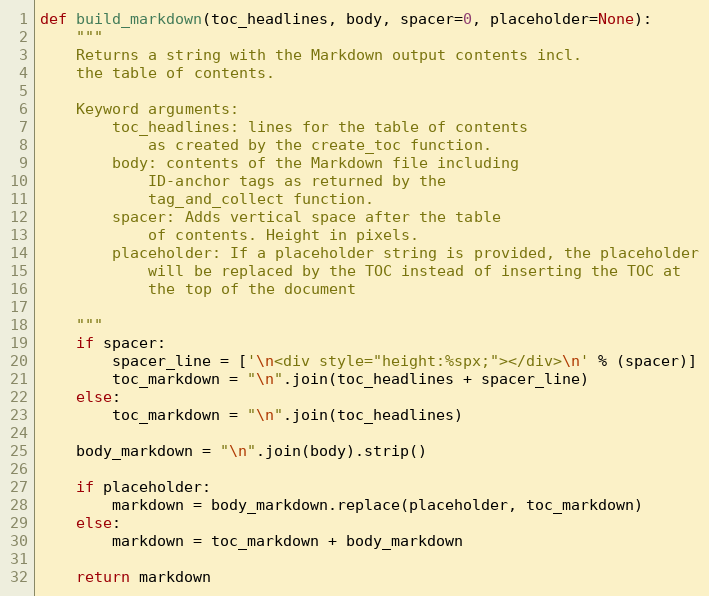
Language: Python
def build_markdown(toc_headlines, body, spacer=0, placeholder=None):
    """
    Returns a string with the Markdown output contents incl.
    the table of contents.

    Keyword arguments:
        toc_headlines: lines for the table of contents
            as created by the create_toc function.
        body: contents of the Markdown file including
            ID-anchor tags as returned by the
            tag_and_collect function.
        spacer: Adds vertical space after the table
            of contents. Height in pixels.
        placeholder: If a placeholder string is provided, the placeholder
            will be replaced by the TOC instead of inserting the TOC at
            the top of the document

    """
    if spacer:
        spacer_line = ['\n<div style="height:%spx;"></div>\n' % (spacer)]
        toc_markdown = "\n".join(toc_headlines + spacer_line)
    else:
        toc_markdown = "\n".join(toc_headlines)

    body_markdown = "\n".join(body).strip()

    if placeholder:
        markdown = body_markdown.replace(placeholder, toc_markdown)
    else:
        markdown = toc_markdown + body_markdown

    return markdown